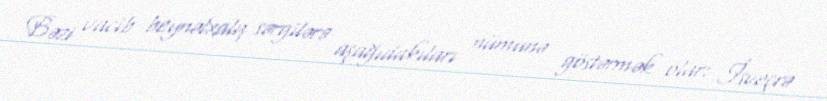
Bəzi vacib beynəlxalq sərgilərə aşağıdakıları nümunə göstərmək olar: İsveçrə